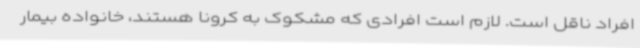
افراد ناقل است. لازم است افرادی که مشکوک به کرونا هستند، خانواده بیمار